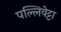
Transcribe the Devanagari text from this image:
पल्लिवेट्टा